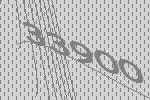
33900